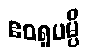
ဧဝရူပမ္ပိ